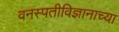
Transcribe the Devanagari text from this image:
वनस्पतीविज्ञानाच्या